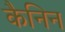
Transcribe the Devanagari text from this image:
कैनिन